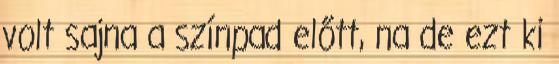
volt sajna a színpad előtt, na de ezt ki